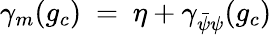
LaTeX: \gamma_{m}(g_{c})~=~\eta+\gamma_{\bar{\psi}\psi}(g_{c})